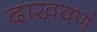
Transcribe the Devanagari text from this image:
दाखवणं